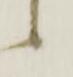
候